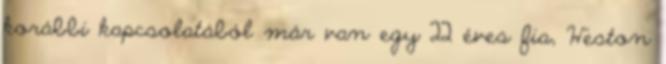
korábbi kapcsolatából már van egy 22 éves fia, Weston